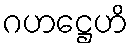
ဂဟဋ္ဌေဟိ